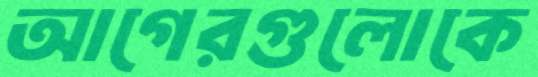
আগেরগুলোকে